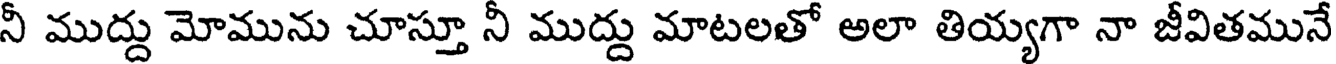
నీ ముద్దు మోమును చూస్తూ నీ ముద్దు మాటలతో అలా తియ్యగా నా జీవితమునే